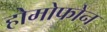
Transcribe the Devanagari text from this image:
होमोफोन